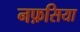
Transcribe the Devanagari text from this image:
नफ़सिया